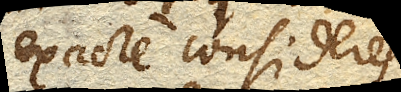
exacte consideres